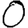
Digit: 0